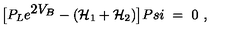
\big [ P _ { L } e ^ { { \displaystyle 2 V _ { B } } } - ( { \cal H } _ { 1 } + { \cal H } _ { 2 } ) \big ] P s i \ = \ 0 \ ,